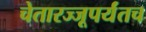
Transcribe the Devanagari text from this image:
चेतारज्जूपर्यंतच